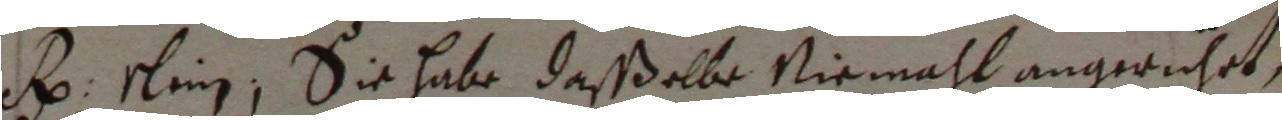
R slein, Sie habe daßßelbe niemahl angerühet,